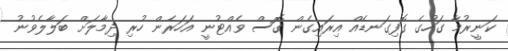
ކަނީރުމާ ގަހުގެ ގޮފިގަނޑެއް އިރައިގެން ގޮސް ވެއްޓުނީ އަހަރެން ހުރި ދިމާލަށް ބަލާލެވުނު